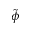
\tilde { \phi }